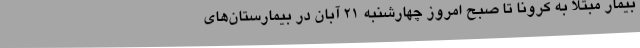
بیمار مبتلا به کرونا تا صبح امروز چهارشنبه 21 آبان در بیمارستان‌های